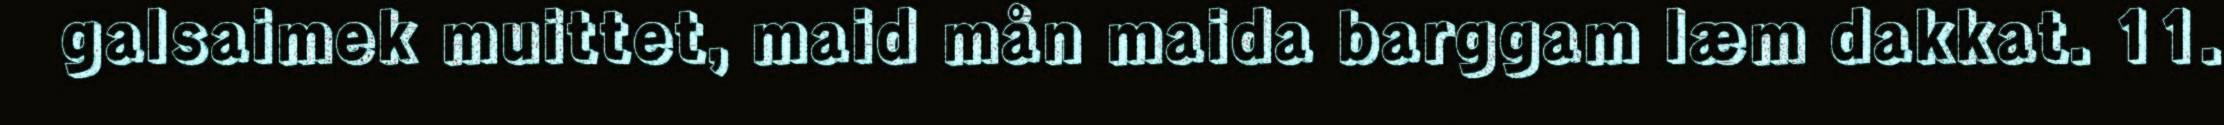
galsaimek muittet, maid mån maida barggam læm dakkat. 11.